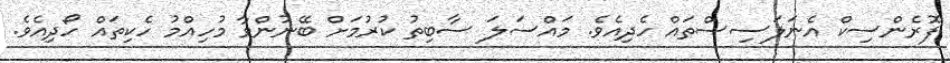
ފޮރެންސިކް އެނަލަސިސްތައް ހެދިއެވެ. މައްސަލަ ސާބިތު ކުރުމަށް ބޭނުންވާ މުހިއްމު ހެކިތައް ހޯދިއެވެ.